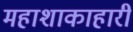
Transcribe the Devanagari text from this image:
महाशाकाहारी